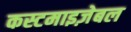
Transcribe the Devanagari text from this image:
कस्टमाइज़ेबल